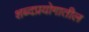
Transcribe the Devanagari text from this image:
शब्दप्रयोगातील